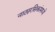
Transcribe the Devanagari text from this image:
नाट्यरसिकांमध्ये